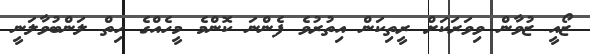
ޒޯއީ ޒުވާން ވިވަރަކަށް ރީތިކަން އިތުރުވެ ފެންނަ ކޮންމެ މީހެއްގެ ހިތް ލަންބުވާލަނީ